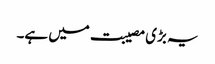
یہ بڑی مصیبت میں ہے۔